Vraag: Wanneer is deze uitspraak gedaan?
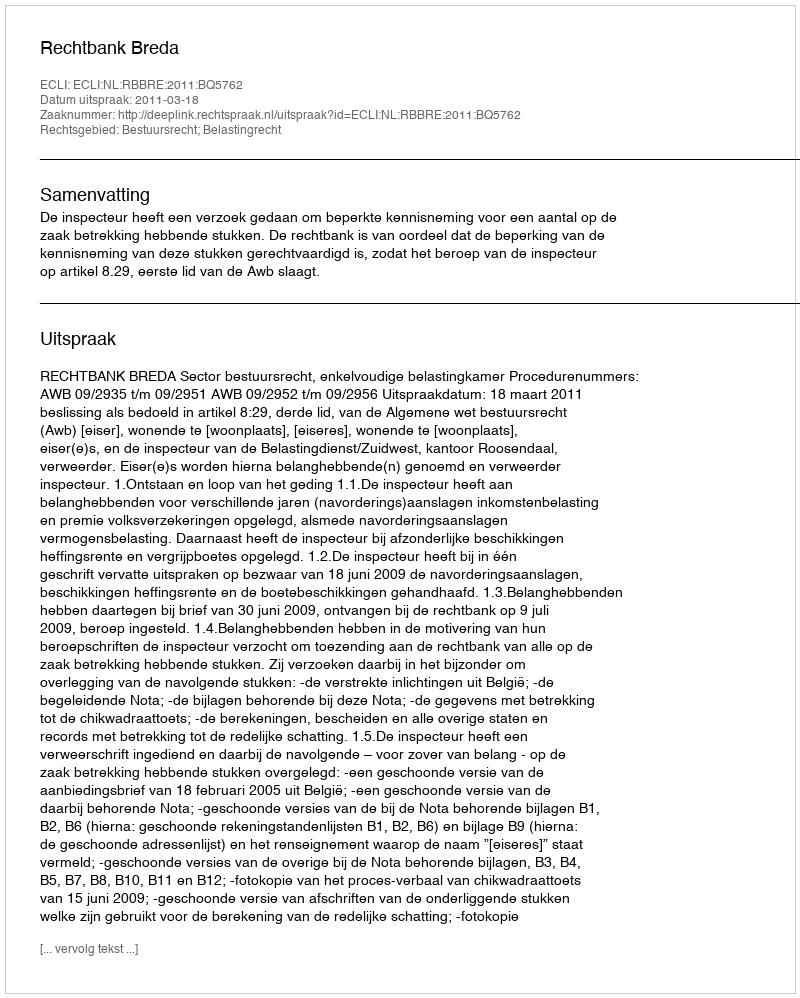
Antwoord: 2011-03-18